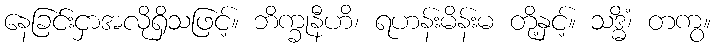
နေခြင်းငှာအလိုရှိသဖြင့်။ ဘိက္ခုနီဟိ၊ ရဟန်းမိန်းမ တို့နှင့်။ သဒ္ဓိံ၊ တကွ။